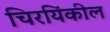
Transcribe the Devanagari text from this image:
चिरयिंकील